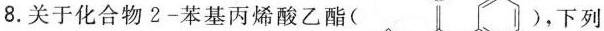
8.关于化合物2-苯基丙烯酸乙酯( )，下列